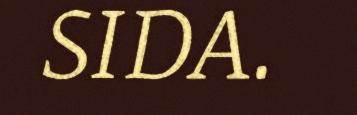
SIDA.